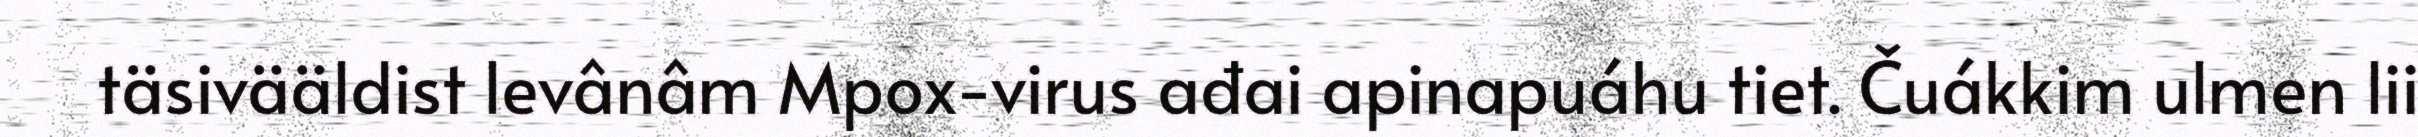
täsivääldist levânâm Mpox-virus ađai apinapuáhu tiet. Čuákkim ulmen lii